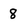
Character: 8